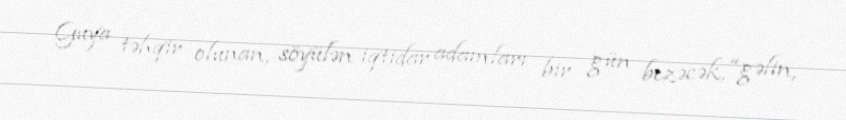
Guya təhqir olunan, söyülən iqtidar adamları bir gün bezəcək, “gəlin,